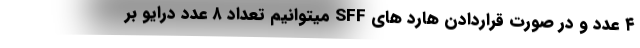
۴ عدد و در صورت قراردادن هارد های SFF میتوانیم تعداد ۸ عدد درایو بر